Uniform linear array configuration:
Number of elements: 32
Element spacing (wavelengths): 0.25
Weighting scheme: kaiser
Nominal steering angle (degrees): -30
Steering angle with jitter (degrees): -28.268
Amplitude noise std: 0.05
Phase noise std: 0.05

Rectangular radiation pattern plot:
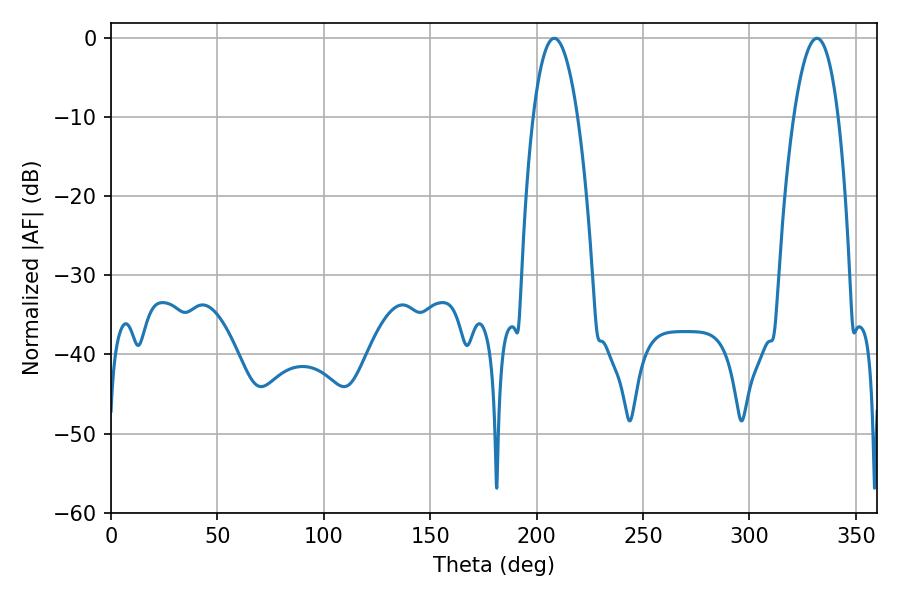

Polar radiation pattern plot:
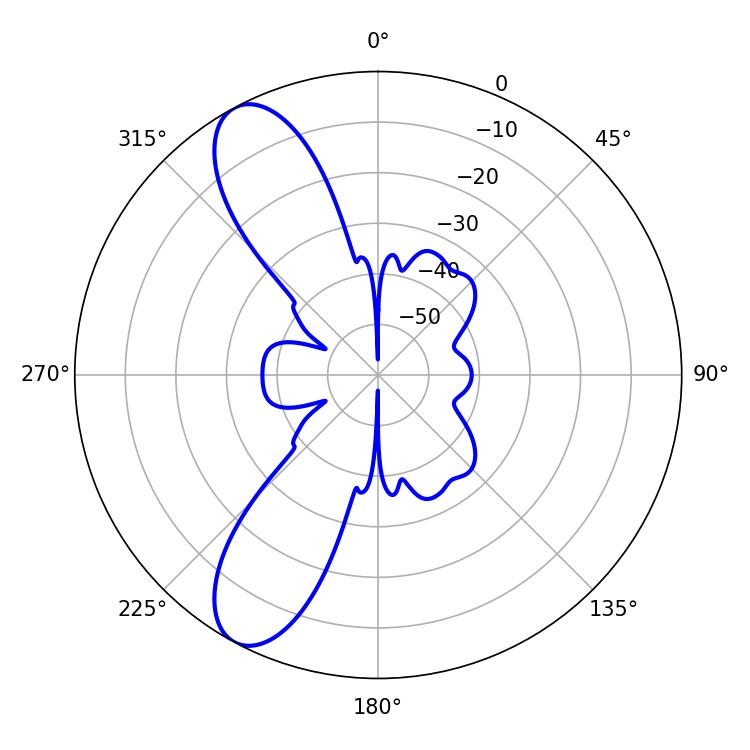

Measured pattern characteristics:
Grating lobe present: FALSE
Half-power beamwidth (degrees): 11.52
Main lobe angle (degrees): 208.26